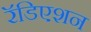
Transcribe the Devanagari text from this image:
रॅडिएशन